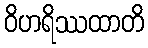
ဝိဟရိဿထာတိ